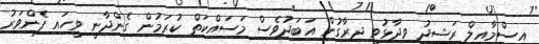
އިސްމާއީލް ރަޝީދު ވިދާޅުވީ ދިރާގުން އަަބަދުވެސް މަސައްކަތް ކުރަމުން ގެންދާނީ ވީހައި ފެންވަރު